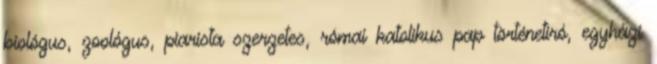
biológus, zoológus, piarista szerzetes, római katolikus pap történetíró, egyházi